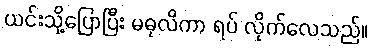
ယင်းသို့ပြောပြီး မဓုလိကာ ရပ် လိုက်လေသည်။